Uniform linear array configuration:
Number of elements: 24
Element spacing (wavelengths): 0.75
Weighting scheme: hamming
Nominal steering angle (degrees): -60
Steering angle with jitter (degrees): -59.112
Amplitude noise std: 0.05
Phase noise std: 0.05

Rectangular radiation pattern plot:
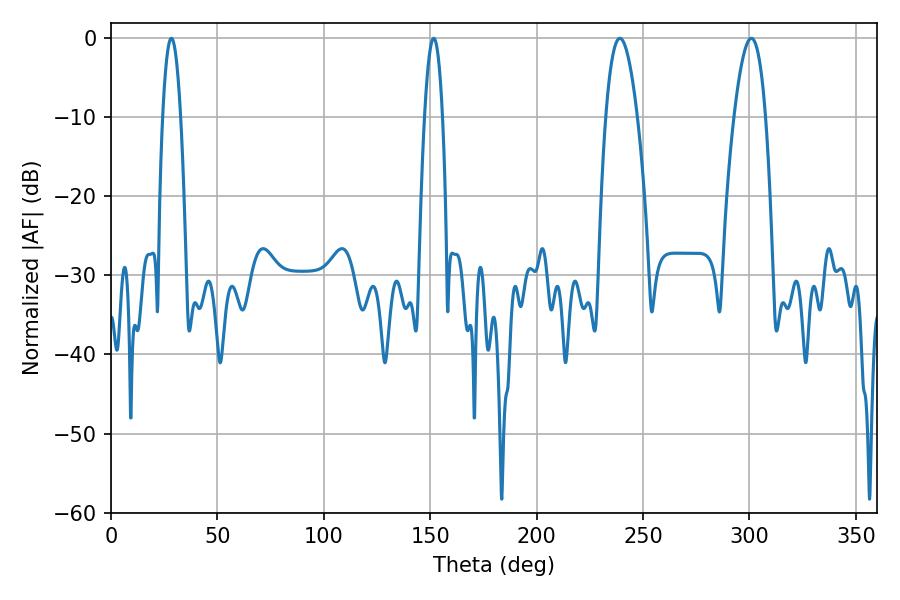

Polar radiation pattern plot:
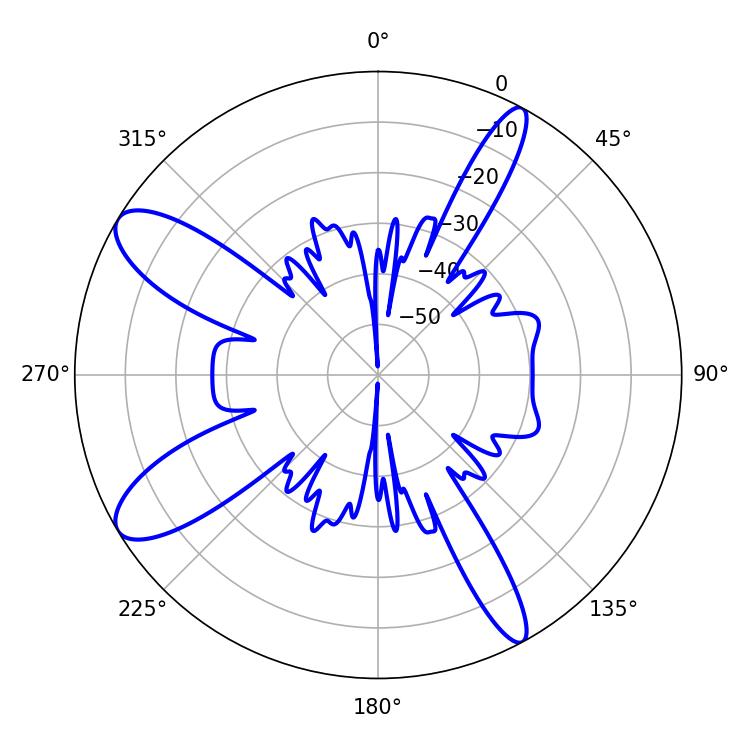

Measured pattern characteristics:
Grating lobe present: TRUE
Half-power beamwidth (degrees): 8.1
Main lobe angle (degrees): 239.04